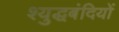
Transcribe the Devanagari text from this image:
श्युद्धबंदियों